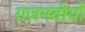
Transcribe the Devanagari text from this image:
ग़ज़नवीयों